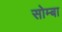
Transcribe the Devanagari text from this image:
सोम्बा